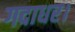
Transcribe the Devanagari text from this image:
गदाधर।